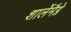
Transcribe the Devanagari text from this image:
शार्लेमैग्ने